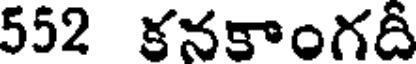
552 కనకాంగదీ